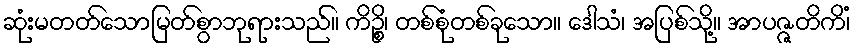
ဆုံးမတတ်သောမြတ်စွာဘုရားသည်။ ကိဉ္စိ၊ တစ်စုံတစ်ခုသော။ ဒေါသံ၊ အပြစ်သို့။ အာပဇ္ဇတိကိံ၊